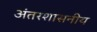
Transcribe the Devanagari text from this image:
अंतरशासनीय